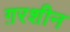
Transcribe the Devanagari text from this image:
ग़रशीन